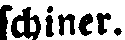
schiner.